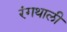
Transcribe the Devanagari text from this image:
रंगथाली